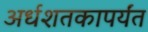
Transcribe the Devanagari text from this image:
अर्धशतकापर्यंत